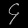
Digit: ၄